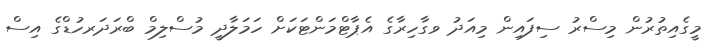
މީގެއިތުރުން މިސްރު ސިފައިން މިއަދު ވގާހިރާގެ އެޕާޓްމަންޓަކަށް ހަމަލާދީ މުސްލިމް ބްރަދަރހުޑްގެ އިސް